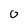
Character: 0